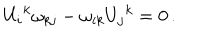
U _ { i } { } ^ { k } \omega _ { k j } - \omega _ { i k } U _ { j } { } ^ { k } = 0 \, .